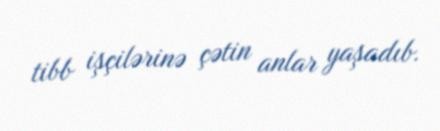
tibb işçilərinə çətin anlar yaşadıb.